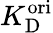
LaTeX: K_{\mathrm{D}}^{\mathrm{ori}}